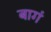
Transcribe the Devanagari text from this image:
बागं